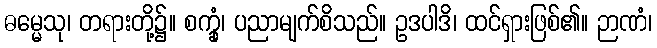
ဓမ္မေသု၊ တရားတို့၌။ စက္ခုံ၊ ပညာမျက်စိသည်။ ဥဒပါဒိ၊ ထင်ရှားဖြစ်၏။ ဉာဏံ၊